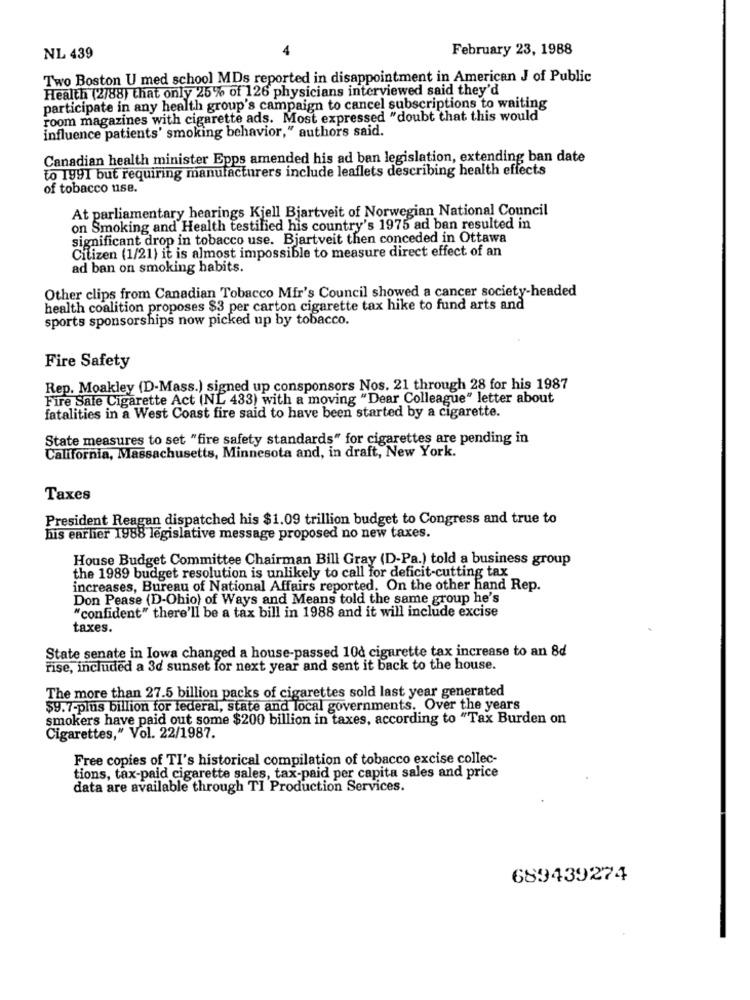
February 23, 1988
NL 439
Two Boston U med school MDs reported in disappointment in American J of Public
Health (2/88) that only 25% of 126 physicians interviewed said they'd
participate in any health group's campaign to cancel subscriptions to waiting
room magazines with cigarette ads. Most expressed "doubt that this would
influence patients' smoking behavior," authors said.
Canadian health minister Epps amended his ad ban legislation, extending ban date
to 1991 but requiring manufacturers include leaflets describing health effects
of tobacco use.
At parliamentary hearings Kjell Bjartveit of Norwegian National Council
on Smoking and Health testified his country's 1975 ad ban resulted in
significant drop in tobacco use. Bjartveit then conceded in Ottawa
Citizen (1/21) it is almost impossible to measure direct effect of an
ad ban on smoking habits.
Other clips from Canadian Tobacco Mir's Council showed a cancer society-headed
health coalition proposes $3 per carton cigarette tax hike to fund arts and
sports sponsorships now picked up by tobacco.
Fire Safety
Rep. Moakley (D-Mass.) signed up consponsors Nos. 21 through 28 for his 1987
Fire Sale Cigarette Act (NL 433) with a moving "Dear Colleague" letter about
fatalities in a West Coast fire said to have been started by a cigarette.
State measures to set "fire safety standards" for cigarettes are pending in
California, Massachusetts, Minnesota and, in draft, New York.
Taxes
President Reagan dispatched his $1.09 trillion budget to Congress and true to
his earlier 1988 legislative message proposed no new taxes.
House Budget Committee Chairman Bill Gray (D-Pa.) told a business group
the 1989 budget resolution is unlikely to call for deficit-cutting tax
increases, Bureau of National Affairs reported. On the other hand Rep.
Don Pease (D-Ohio) of Ways and Means told the same group he's
"confident" there'll be a tax bill in 1988 and it will include excise
taxes.
State senate in Iowa changed a house-passed 100 cigarette tax increase to an 8d
rise, included a 3d sunset for next year and sent it back to the house.
The more than 27.5 billion packs of cigarettes sold last year generated
$9.7-plus billion for federal, state and local governments. Over the years
smokers have paid out some $200 billion in taxes, according to "Tax Burden on
Cigarettes," Vol. 22/1987.
Free copies of TI's historical compilation of tobacco excise collec-
tions, tax-paid cigarette sales, tax-paid per capita sales and price
data are available through TI Production Services.
689439274